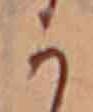
か